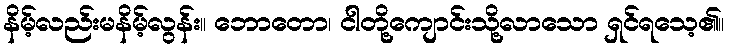
နိမ့်လည်းမနိမ့်လွန်း။ ဘောတော၊ ငါတို့ကျောင်းသို့လာသော ရှင်ရသေ့၏။